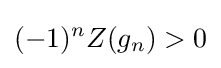
(-1)^{n}Z(g_{n})>0